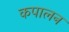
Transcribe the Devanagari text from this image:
कपालन